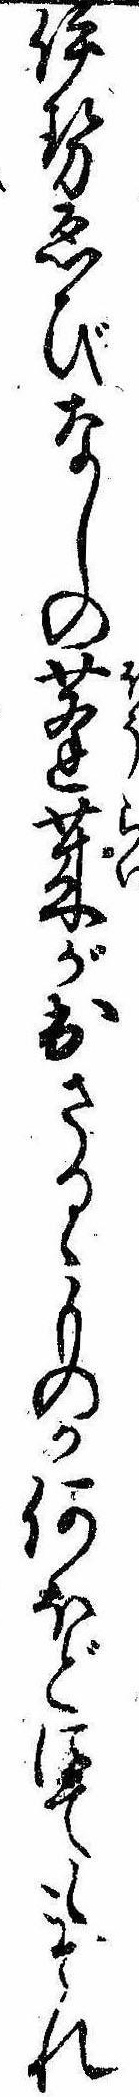
伊勢ゑびなしの蓬莱が出さるゝものか何ほどにてもそれ